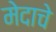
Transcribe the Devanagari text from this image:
मेदाचे